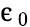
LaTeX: \upepsilon_{0}